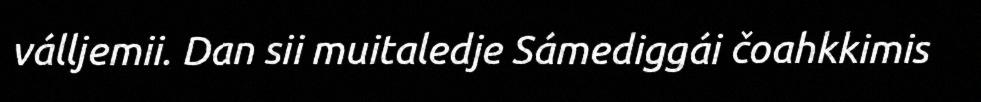
válljemii. Dan sii muitaledje Sámediggái čoahkkimis